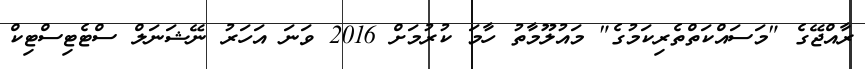
ރާއްޖޭގެ "މަސައްކަތްތެރިކަމުގެ" މައުލޫމާތު ހާމަ ކުރުމަށް 2016 ވަނަ އަހަރު ނޭޝަނަލް ސްޓެޓިސްޓިކް